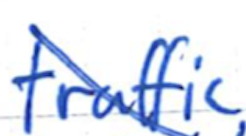
Text: traffic
Cross-out: diagonal
Writing tool: ballpoint